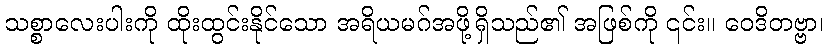
သစ္စာလေးပါးကို ထိုးထွင်းနိုင်သော အရိယမဂ်အဖို့ရှိသည်၏ အဖြစ်ကို ၎င်း။ ဝေဒိတဗ္ဗာ၊